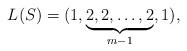
LaTeX: \begin{align*}L(S)=(1,\underbrace{2,2,\ldots,2}_{m-1},1),\end{align*}